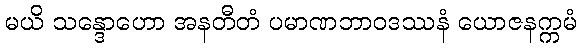
မယိ သန္ဒောဟော အနတီတံ ပမာဏဘာဝဒဿနံ ယောဇနက္ကမံ